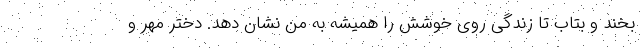
بخند و بتاب تا زندگی روی خوشش را همیشه به من نشان دهد. دختر مهر و